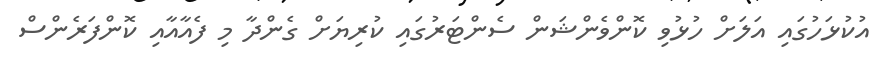
އުކުޅަހުގައި އަލަށް ހުޅުވި ކޮންވެންޝަން ސެންޓަރުގައި ކުރިޔަށް ގެންދާ މި ފެއާއާއި ކޮންފަރެންސް